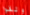
وثقوا